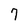
Character: 7